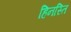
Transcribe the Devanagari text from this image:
हिनस्ति